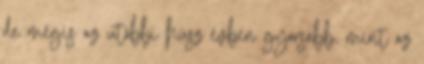
de mégis az utóbbi húsz évben gyorsabb, mint az